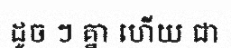
ដូច ៗ គ្នា ហើយ ជា